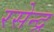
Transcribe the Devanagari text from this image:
रसेन्द्र